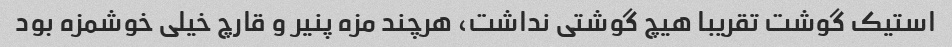
استیک گوشت تقریبا هیچ گوشتی نداشت، هرچند مزه پنیر و قارچ خیلی خوشمزه بود